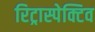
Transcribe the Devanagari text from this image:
रिट्रास्पेक्टिव